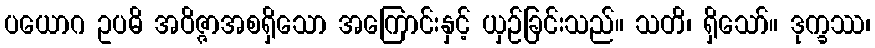
ပယောဂ ဥပဓိ အဝိဇ္ဇာအစရှိသော အကြောင်းနှင့် ယှဉ်ခြင်းသည်။ သတိ၊ ရှိသော်။ ဒုက္ခဿ၊